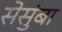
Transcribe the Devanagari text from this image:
सेसुंबा